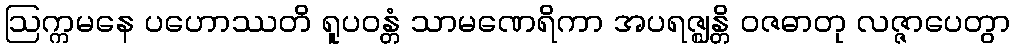
ဩက္ကမနေ ပဟောဿတိ ရူပဝန္တံ သာမဏေရိကာ အပရဇ္ဈန္တိ ဝဇဓာတု လဇ္ဇာပေတွာ